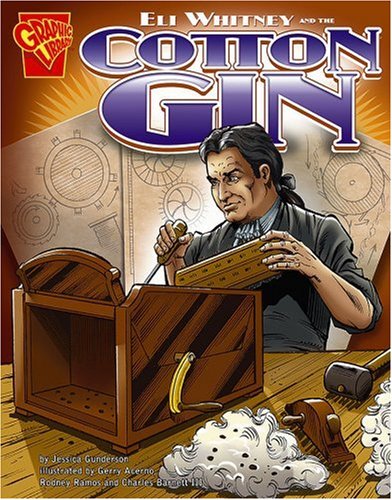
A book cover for Eli Whitney and the Cotton Gin (Inventions and Discovery); Jessica Gunderson; Children's Books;